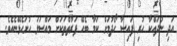
އަދި ނުދައްކާ ހުރި ފައިސާ ހޯދުމަށް ކަމާ ބެހޭ ފަރާތްތަކަށް މައްސަލަ ހުށަހެޅޭނެއެވެ.